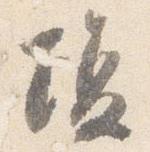
場